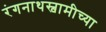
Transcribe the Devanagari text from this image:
रंगनाथस्वामीच्या